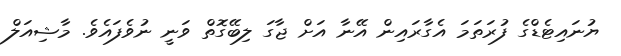
ޔުނައިޓެޑްގެ ފުރަތަމަ އެގާރައިން އޭނާ އަށް ޖާގަ ލިބޭގޮތް ވަނީ ނުވެފައެވެ. މާޝިއަލް